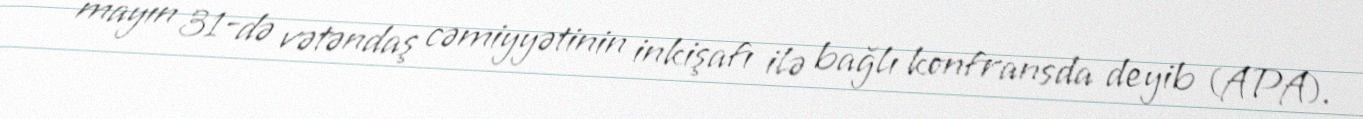
mayın 31-də vətəndaş cəmiyyətinin inkişafı ilə bağlı konfransda deyib (APA).